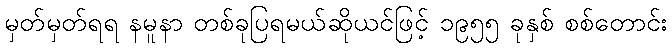
မှတ်မှတ်ရရ နမူနာ တစ်ခုပြရမယ်ဆိုယင်ဖြင့် ၁၉၅၅ ခုနှစ် စစ်တောင်း